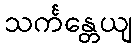
သင်္ကန္တေယျ